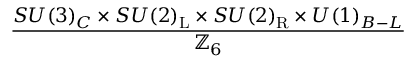
\frac { S U ( 3 ) _ { C } \times S U ( 2 ) _ { \mathrm { { L } } } \times S U ( 2 ) _ { \mathrm { { R } } } \times U ( 1 ) _ { B - L } } { \mathbb { Z } _ { 6 } }